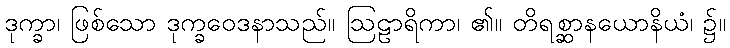
ဒုက္ခာ၊ ဖြစ်သော ဒုက္ခဝေဒနာသည်။ ဩဠာရိကာ၊ ၏။ တိရစ္ဆာနယောနိယံ၊ ၌။